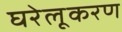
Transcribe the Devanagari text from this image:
घरेलूकरण